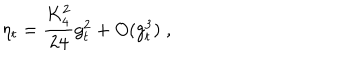
LaTeX: \eta _ { t } = \frac { K _ { 4 } ^ { 2 } } { 2 4 } g _ { t } ^ { 2 } + O ( g _ { t } ^ { 3 } ) \; ,